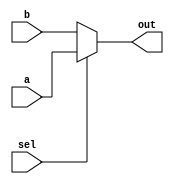
module mux2(
	input a,
	input b,
	input sel,
	output out

);

assign out =(sel)? a : b;

endmodule